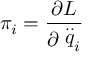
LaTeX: \pi _ { i } = \frac { \partial L } { \partial \stackrel { . . } { q } _ { i } }